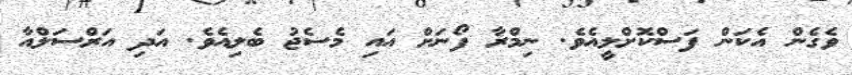
ވެގެން އެކަން ފަސްކޮށްލީއެވެ. ނިމްރާ ފޯނަށް އައި މެސެޖު ބެލިއެވެ. އަދި އަރްސަލްއާ